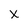
Character: x